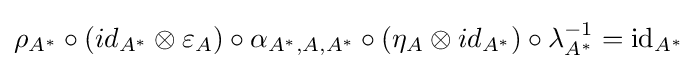
\rho _{A^{*}}\circ (id_{A^{*}}\otimes \varepsilon _{A})\circ \alpha _{A^{*},A,A^{*}}\circ (\eta _{A}\otimes id_{A^{*}})\circ \lambda _{A^{*}}^{-1}=\mathrm {id} _{A^{*}}